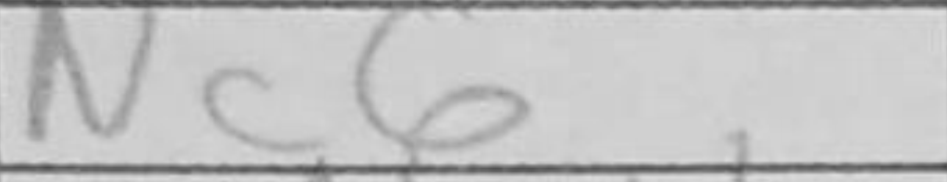
Transcription: Nc6